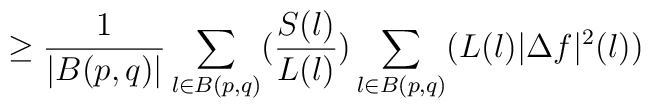
\geq\frac{1}{|B(p,q)|}\sum_{l\in B(p,q)}(\frac{S(l)}{L(l)})\sum_{l\in B(p,q)}(L(l)|\Delta f|^2(l))